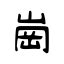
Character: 崗